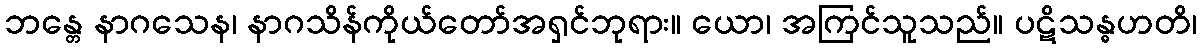
ဘန္တေ နာဂသေန၊ နာဂသိန်ကိုယ်တော်အရှင်ဘုရား။ ယော၊ အကြင်သူသည်။ ပဋိသန္ဓဟတိ၊